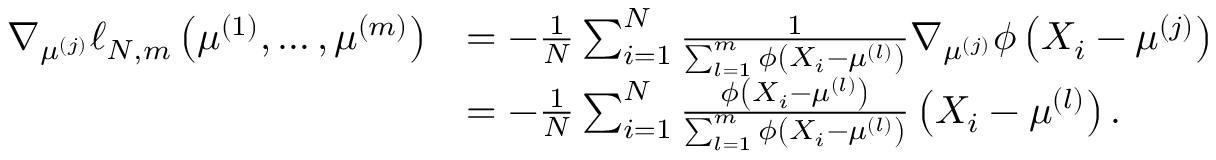
\begin{array} { r l } { \nabla _ { \mu ^ { ( j ) } } \ell _ { N , m } \left( \mu ^ { ( 1 ) } , \ldots , \mu ^ { ( m ) } \right) } & { = - \frac { 1 } { N } \sum _ { i = 1 } ^ { N } \frac { 1 } { \sum _ { l = 1 } ^ { m } \phi \left( X _ { i } - \mu ^ { ( l ) } \right) } \nabla _ { \mu ^ { ( j ) } } \phi \left( X _ { i } - \mu ^ { ( j ) } \right) } \\ & { = - \frac { 1 } { N } \sum _ { i = 1 } ^ { N } \frac { \phi \left( X _ { i } - \mu ^ { ( l ) } \right) } { \sum _ { l = 1 } ^ { m } \phi \left( X _ { i } - \mu ^ { ( l ) } \right) } \left( X _ { i } - \mu ^ { ( l ) } \right) . } \end{array}